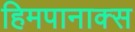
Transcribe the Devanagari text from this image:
हिमपानाक्स